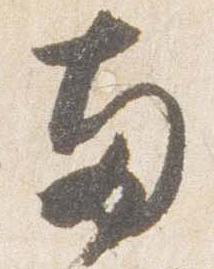
両